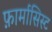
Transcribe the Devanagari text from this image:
फ़ार्मासिस्ट